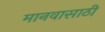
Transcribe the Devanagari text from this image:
मानवासाठी